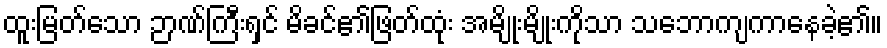
ထူးမြတ်သော ဉာဏ်ကြီးရှင် မိခင်၏ဖြတ်ထုံး အမျိုးမျိုးကိုသာ သဘောကျကာနေခဲ့၏။